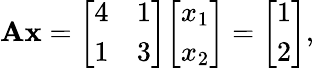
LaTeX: \mathbf{A}\mathbf{x}={\left[\begin{array}{ll}{4}&{1}\\ {1}&{3}\end{array}\right]}{\left[\begin{array}{l}{x_{1}}\\ {x_{2}}\end{array}\right]}={\left[\begin{array}{l}{1}\\ {2}\end{array}\right]},